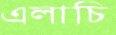
এলাচি